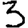
Digit: 3